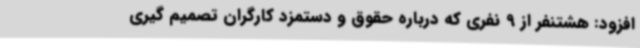
افزود: هشتنفر از 9 نفری که درباره حقوق و دستمزد کارگران تصمیم گیری